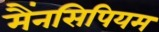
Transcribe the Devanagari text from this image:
मैंनसिपियम